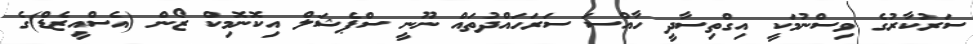
ސަރުކާރުގެ ވިސްނުމަކީ އިގްތިސާދީ ހާއްސަ ސަރަހައްދުތައް ނޫނީ ސްޕެޝަލް އިކޮނޮމިކް ޒޯން (އެސްއީޒެޑް)ގެ